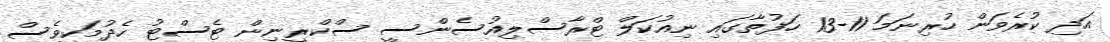
އަދި ކުރެވަން ހުރިނަމަ 11-13 ހަފުތާގައި ނިއުކަލް ޓްރާސްލިއުސެންސީ ސްކްރީނިން ޓެސްޓު ހެދުމަކީވެސް